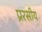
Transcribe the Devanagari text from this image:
प्ररसीय